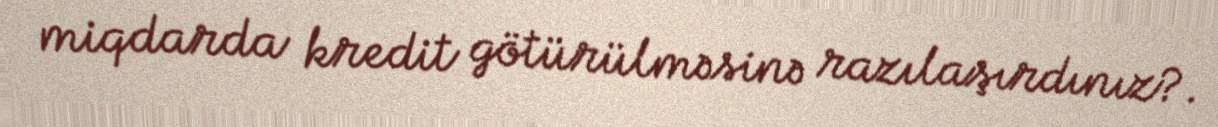
miqdarda kredit götürülməsinə razılaşırdınız?.